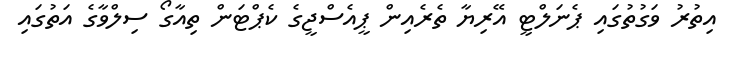
އިތުރު ވަގުތުގައި ޕެނަލްޓީ އޭރިޔާ ތެރެއިން ޕީއެސްޖީގެ ކެޕްޓަން ތިއާގޯ ސިލްވާގެ އަތުގައި